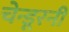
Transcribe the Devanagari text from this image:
चेन्डूरनी